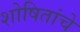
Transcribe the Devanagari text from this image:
शोषितांचे